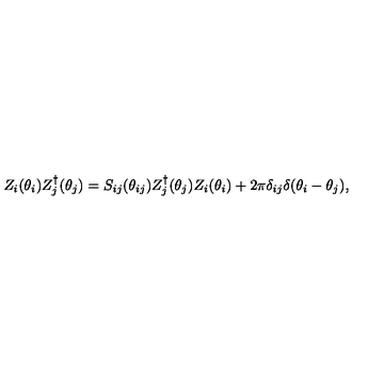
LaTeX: Z _ { i } ( \theta _ { i } ) Z _ { j } ^ { \dagger } ( \theta _ { j } ) = S _ { i j } ( \theta _ { i j } ) Z _ { j } ^ { \dagger } ( \theta _ { j } ) Z _ { i } ( \theta _ { i } ) + 2 \pi \delta _ { i j } \delta ( \theta _ { i } - \theta _ { j } ) ,